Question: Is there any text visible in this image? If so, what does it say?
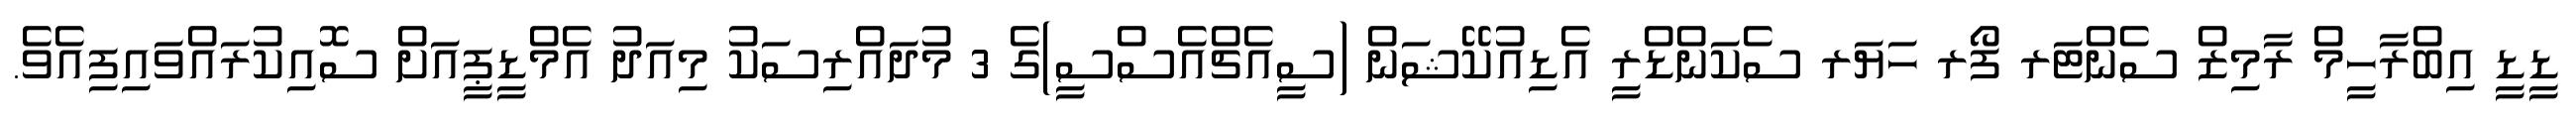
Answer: ޑީޑީ އިބްރާހީމް ރާމިޒް ސެންޓަރ ފޯރ ހަޔަރ ސެކަންޑްރީ އެޑިއުކޭޝަން (ސީއެޗްއެސްސީ)ގެ 3 މުދައްރިސަކު މިއަދު އެމްޑީޕީއަށް ސޮއިކުރައްވައިފިއެވެ.